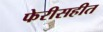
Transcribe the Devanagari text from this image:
फेरीसहीत